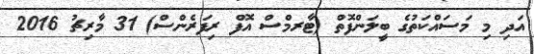
އަދި މި މަސައްކަތުގެ ބީލަންފޮތް (ޓާރމްސް އޮފް ރިފަރެންސް) 31 މާރިޗު 2016